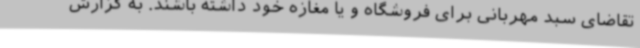
تقاضای سبد مهربانی برای فروشگاه و یا مغازه خود داشته باشند. به گزارش